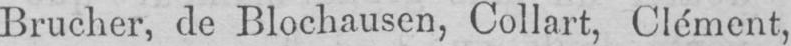
Brucher, de Blochausen, Collart, Clément,